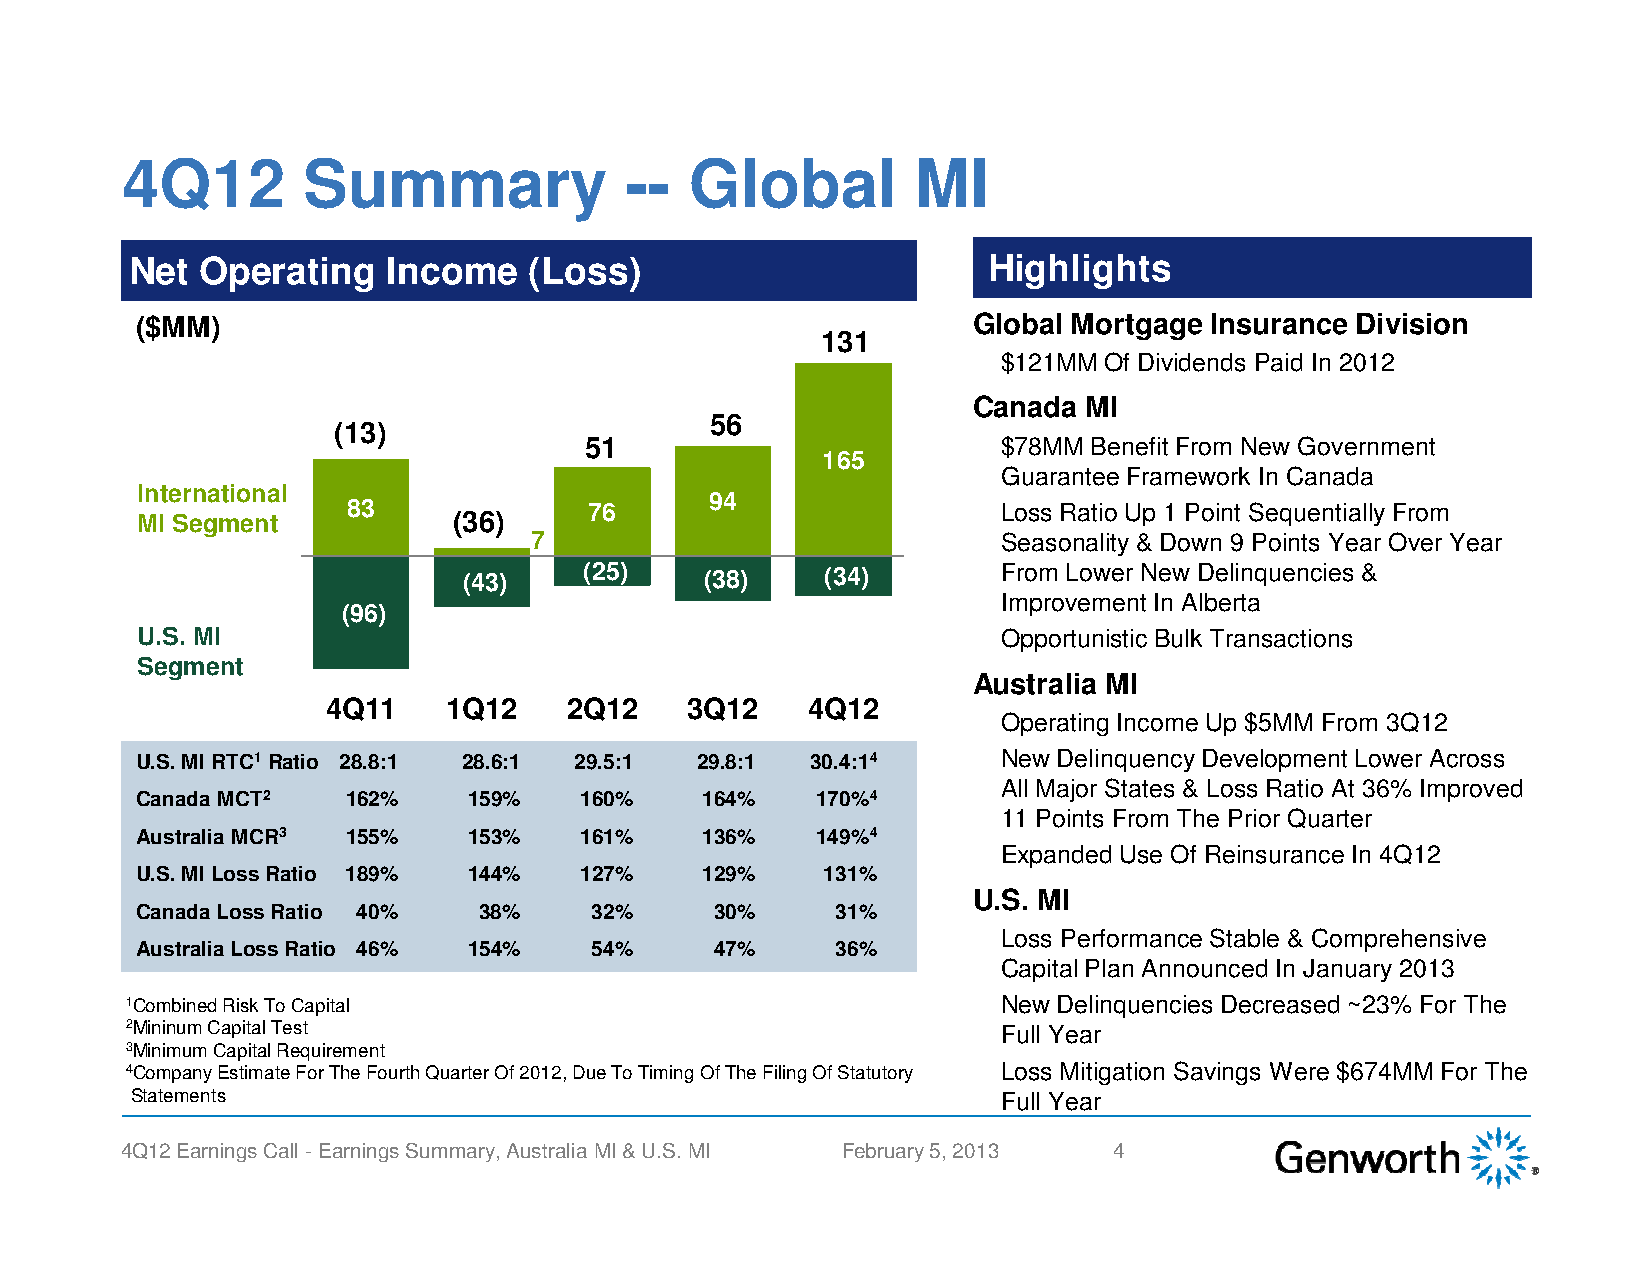
4Q12        Summary              --   Global        MI
 Net Operating    Income   (Loss)                        Highlights
 ($MM)                                                  Global Mortgage Insurance Division
 131
 $121MM Of Dividends Paid In 2012
 Canada  MI
 56
 (13)
 51                         $78MM Benefit From New Government
 165
 Guarantee Framework In Canada
 International
 94
 83              76                         Loss Ratio Up 1 Point Sequentially From
 MI Segment           (36)
 7                              Seasonality & Down 9 Points Year Over Year
 (43)    (25)    (38)    (34)       From Lower New Delinquencies &
 Improvement In Alberta
 (96)
 UU..SS.. MMII                                            OOppppoorrttuunniissttiicc BBuullkk TTrraannssaaccttiioonnss
 Segment
 Australia MI
 4Q11    1Q12   2Q12    3Q12    4Q12
 Operating Income Up $5MM From 3Q12
 U.S. MI RTC1Ratio 28.8:1 28.6:1 29.5:1 29.8:1 30.4:14    New Delinquency Development Lower Across
 All Major States & Loss Ratio At 36% Improved
 Canada MCT2   162%    159%   160%     164%   170%4
 11 Points From The Prior Quarter
 Australia MCR3 155%   153%   161%     136%   149%4
 Expanded Use Of Reinsurance In 4Q12
 U.S. MI Loss Ratio 189% 144% 127%     129%    131%
 U.S. MI
 Canada Loss Ratio 40%  38%    32%     30%     31%
 Loss Performance Stable & Comprehensive
 Australia Loss Ratio 46% 154% 54%     47%     36%
 Capital Plan Announced In January 2013
 1Combined Risk To Capital                                 New Delinquencies Decreased ~23% For The
 2Mininum Capital Test                                     Full Year
 3Minimum Capital Requirement
 4Company Estimate For The Fourth Quarter Of 2012, Due To Timing Of The Filing Of Statutory Loss Mitigation Savings Were $674MM For The
 Statements                                               Full Year
 4Q12 Earnings Call -Earnings Summary, Australia MI & U.S. MI February 5, 2013 4